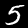
Label: 5